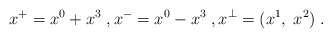
\begin{align*}x^+=x^0+x^3\; , x^-=x^0-x^3\; , x^\perp=(x^1, \; x^2)\; .\end{align*}